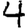
Digit: 4